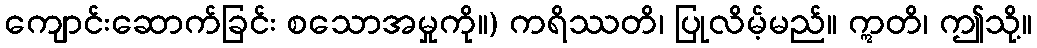
ကျောင်းဆောက်ခြင်း စသောအမှုကို။) ကရိဿတိ၊ ပြုလိမ့်မည်။ ဣတိ၊ ဤသို့။